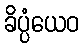
ခိပ္ပံယေဝ